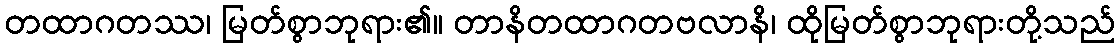
တထာဂတဿ၊ မြတ်စွာဘုရား၏။ တာနိတထာဂတဗလာနိ၊ ထိုမြတ်စွာဘုရားတို့သည်